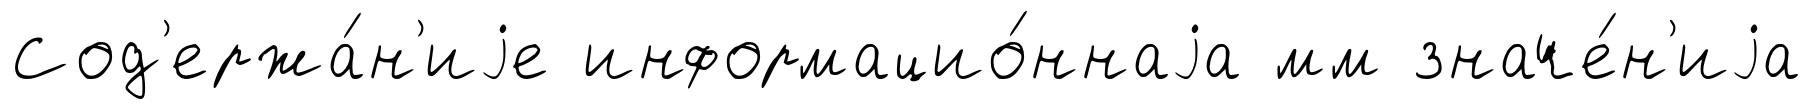
Сод'ержа́н'иjе информацио́ннаjа мм значе́н'иjа